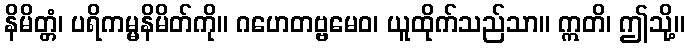
နိမိတ္တံ၊ ပရိကမ္မနိမိတ်ကို။ ဂဟေတဗ္ဗမေဝ၊ ယူထိုက်သည်သာ။ ဣတိ၊ ဤသို့။